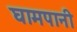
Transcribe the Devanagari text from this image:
घामपानी